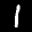
Label: 1